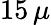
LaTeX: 15\, \mu